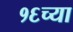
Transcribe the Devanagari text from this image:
१६च्या